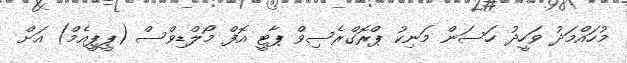
މުހައްމަދު ވަހީދު ހަސަން މަނިކު ޕްރޮގްރެސިވް ޕާޓީ އޮފް މޯލްޑިވްސް (ޕީޕީއެމް) އަށް